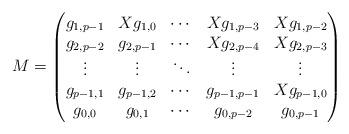
LaTeX: \begin{align*}M=\begin{pmatrix}g_{1,p-1} & Xg_{1,0} & \cdots &Xg_{1,p-3} & Xg_{1,p-2} \\g_{2,p-2} & g_{2,p-1} & \cdots & Xg_{2,p-4} & Xg_{2,p-3} \\\vdots & \vdots & \ddots & \vdots & \vdots \\g_{p-1,1} & g_{p-1,2} & \cdots & g_{p-1,p-1} & Xg_{p-1,0} \\g_{0,0} & g_{0,1} & \cdots & g_{0,p-2} & g_{0,p-1}\end{pmatrix}\end{align*}